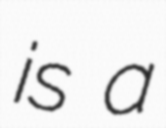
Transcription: is a